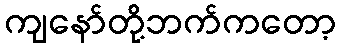
ကျနော်တို့ဘက်ကတော့